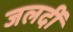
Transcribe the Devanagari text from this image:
जलदीं